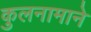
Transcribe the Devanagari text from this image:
कुलनामाने